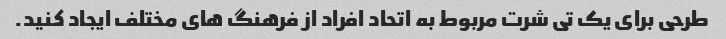
طرحی برای یک تی شرت مربوط به اتحاد افراد از فرهنگ های مختلف ایجاد کنید.